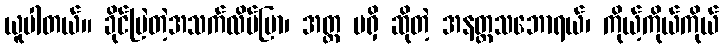
ယူပါတယ်။ ခိုင်မြဲတဲ့အသက်လိပ်ပြာ၊ အတ္တ မရှိ ဆိုတဲ့ အနတ္တသဘောရယ်၊ ကိုယ့်ကိုယ်ကိုယ်